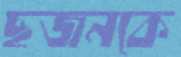
ছজনকে